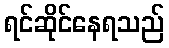
ရင်ဆိုင်နေရသည်